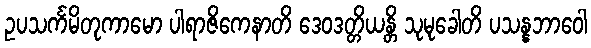
ဥပသင်္ကမိတုကာမော ပါရာဇိကေနာတိ ဒေဝဒတ္တိယန္တိ သုမုခေါတိ ပသန္နဘာဝေါ